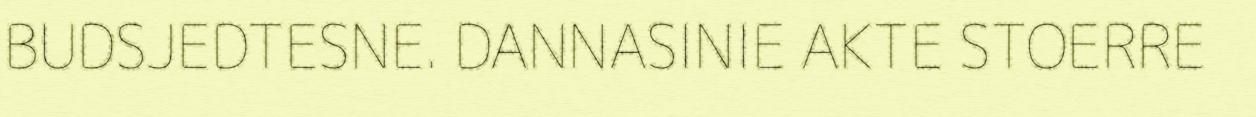
BUDSJEDTESNE. DANNASINIE AKTE STOERRE